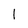
Character: 1